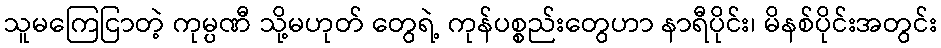
သူမကြေငြာတဲ့ ကုမ္ပဏီ သို့မဟုတ် တွေရဲ့ ကုန်ပစ္စည်းတွေဟာ နာရီပိုင်း၊ မိနစ်ပိုင်းအတွင်း